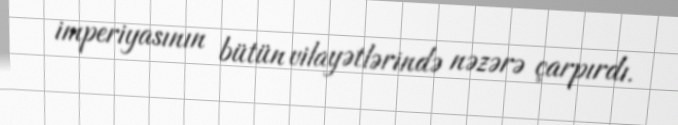
imperiyasının bütün vilayətlərində nəzərə çarpırdı.